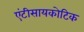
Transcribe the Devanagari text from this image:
एंटीसायकोटिक